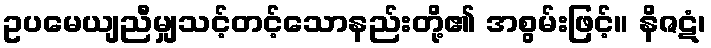
ဥပမေယျညီမျှသင့်တင့်သောနည်းတို့၏ အစွမ်းဖြင့်။ နိဇဋံ၊